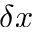
\delta x